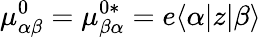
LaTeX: \mu_{\alpha\beta}^{0}=\mu_{\beta\alpha}^{0\ast}=e\langle\alpha|z|\beta\rangle